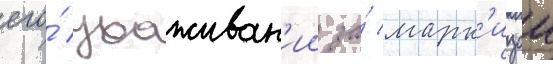
его́ ухаживан'ии за́ марк'изои